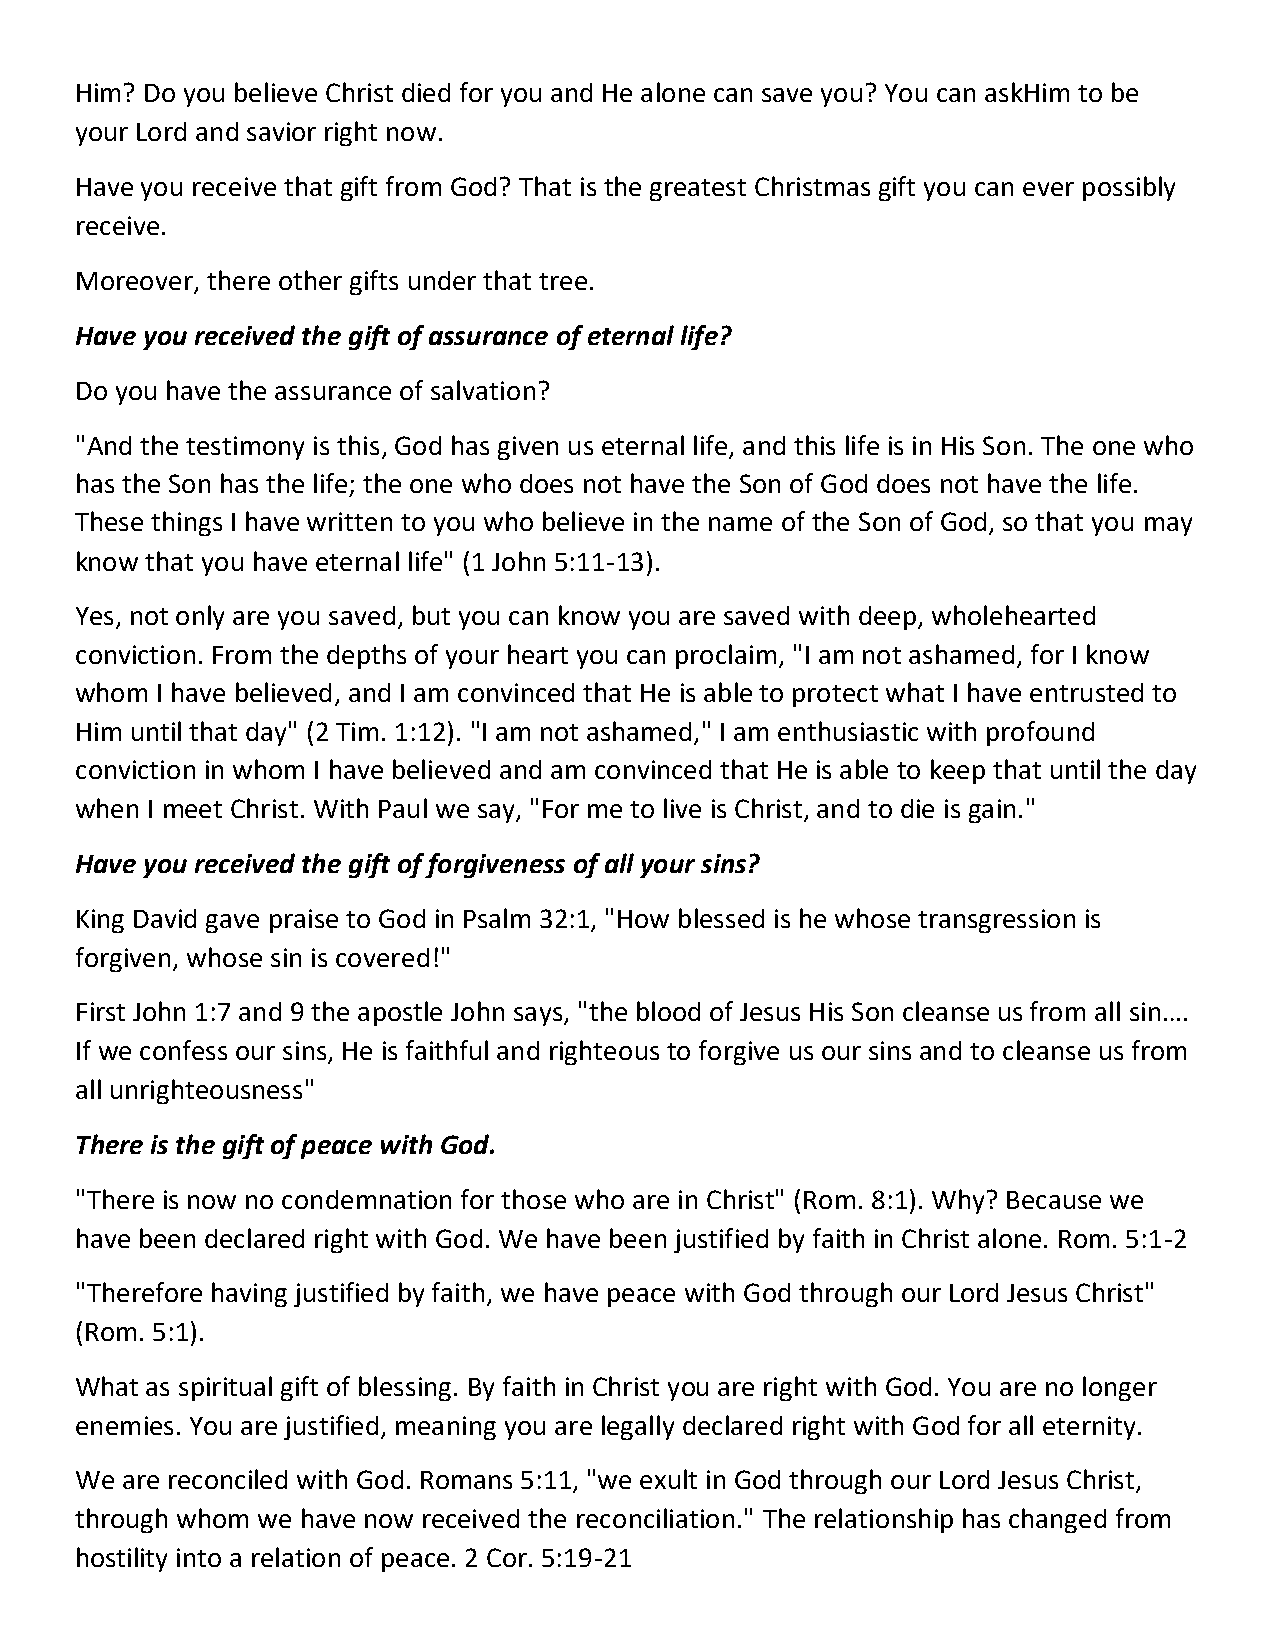
Him? Do you believe Christ died for you and He alone can save you? You can askHim to be
 your Lord and savior right now.
 Have you receive that gift from God? That is the greatest Christmas gift you can ever possibly
 receive.
 Moreover, there other gifts under that tree.
 Have you received the gift of assurance of eternal life?
 Do you have the assurance of salvation?
 "And the testimony is this, God has given us eternal life, and this life is in His Son. The one who
 has the Son has the life; the one who does not have the Son of God does not have the life.
 These things I have written to you who believe in the name of the Son of God, so that you may
 know that you have eternal life" (1 John 5:11-13).
 Yes, not only are you saved, but you can know you are saved with deep, wholehearted
 conviction. From the depths of your heart you can proclaim, "I am not ashamed, for I know
 whom I have believed, and I am convinced that He is able to protect what I have entrusted to
 Him until that day" (2 Tim. 1:12). "I am not ashamed," I am enthusiastic with profound
 conviction in whom I have believed and am convinced that He is able to keep that until the day
 when I meet Christ. With Paul we say, "For me to live is Christ, and to die is gain."
 Have you received the gift of forgiveness of all your sins?
 King David gave praise to God in Psalm 32:1, "How blessed is he whose transgression is
 forgiven, whose sin is covered!"
 First John 1:7 and 9 the apostle John says, "the blood of Jesus His Son cleanse us from all sin….
 If we confess our sins, He is faithful and righteous to forgive us our sins and to cleanse us from
 all unrighteousness"
 There is the gift of peace with God.
 "There is now no condemnation for those who are in Christ" (Rom. 8:1). Why? Because we
 have been declared right with God. We have been justified by faith in Christ alone. Rom. 5:1-2
 "Therefore having justified by faith, we have peace with God through our Lord Jesus Christ"
 (Rom. 5:1).
 What as spiritual gift of blessing. By faith in Christ you are right with God. You are no longer
 enemies. You are justified, meaning you are legally declared right with God for all eternity.
 We are reconciled with God. Romans 5:11, "we exult in God through our Lord Jesus Christ,
 through whom we have now received the reconciliation." The relationship has changed from
 hostility into a relation of peace. 2 Cor. 5:19-21